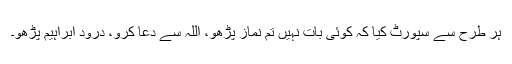
ہر طرح سے سپورٹ کیا کہ کوئی بات نہیں تم نماز پڑھو، اللہ سے دعا کرو، درودِ ابراہیم پڑھو۔